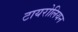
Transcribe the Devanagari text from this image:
टायरोलियन